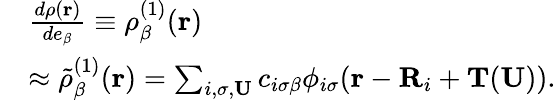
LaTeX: \begin{array}{rl}&{\frac{d\rho(\mathbf{r})}{de_{\beta}}\equiv\rho_{\beta}^{(1)}(\mathbf{r})}\\ &{\approx\tilde{\rho}_{\beta}^{(1)}(\mathbf{r})=\sum_{i,\sigma,\mathbf{U}}c_{i\sigma\beta}\phi_{i\sigma}(\mathbf{r}-\mathbf{R}_{i}+\mathbf{T}(\mathbf{U})).}\end{array}